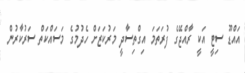
އައްޑޫ ސިޓީ އަކީ ރާއްޖޭގެ ފުރަތަމަ އިގްތިސާދީ މަރުކަޒަށް ހެދުމުގެ މަސައްކަތް ސަރުކާރުން